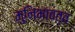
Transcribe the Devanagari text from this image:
मुनिभावत्व